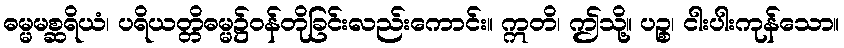
ဓမ္မမစ္ဆရိယံ၊ ပရိယတ္တိဓမ္မ၌ဝန်တိုခြင်းလည်းကောင်း။ ဣတိ၊ ဤသို့။ ပဉ္စ၊ ငါးပါးကုန်သော။